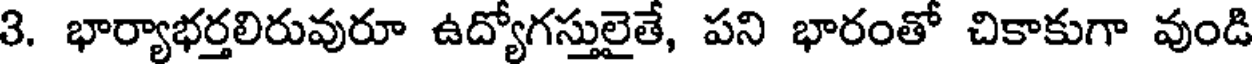
3. భార్యాభర్తలిరువురూ ఉద్యోగస్తులైతే, పని భారంతో చికాకుగా వుండి